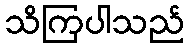
သိကြပါသည်